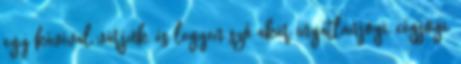
egy kávéval várjuk, és legyen szó akár ingatlanjogi, cégjogi,